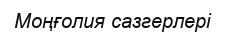
Моңғолия сазгерлері